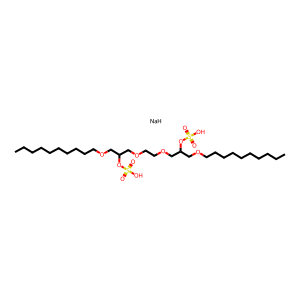
SMILES: CCCCCCCCCCOCC(COCCOCC(COCCCCCCCCCC)OS(=O)(=O)O)OS(=O)(=O)O.[NaH]
Inhibits HIV replication: No